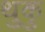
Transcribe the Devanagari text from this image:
थुकु